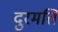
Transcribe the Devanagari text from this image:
दुरमति